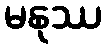
မနုဿ